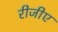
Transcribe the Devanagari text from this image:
रीजीए